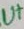
Text: 8UT